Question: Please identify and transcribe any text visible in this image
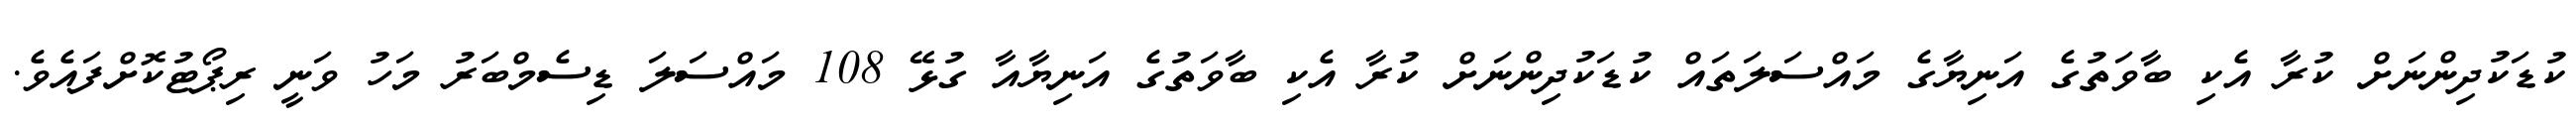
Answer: ކުޑަކުދިންނަށް ކުރާ އެކި ބާވަތުގެ އަނިޔާގެ މައްސަލަތައް ކުޑަކުދިންނަށް ކުރާ އެކި ބާވަތުގެ އަނިޔާއާ ގުޅޭ 108 މައްސަލަ ޑިސެމްބަރު މަހު ވަނީ ރިޕޯޓުކޮށްފައެވެ.